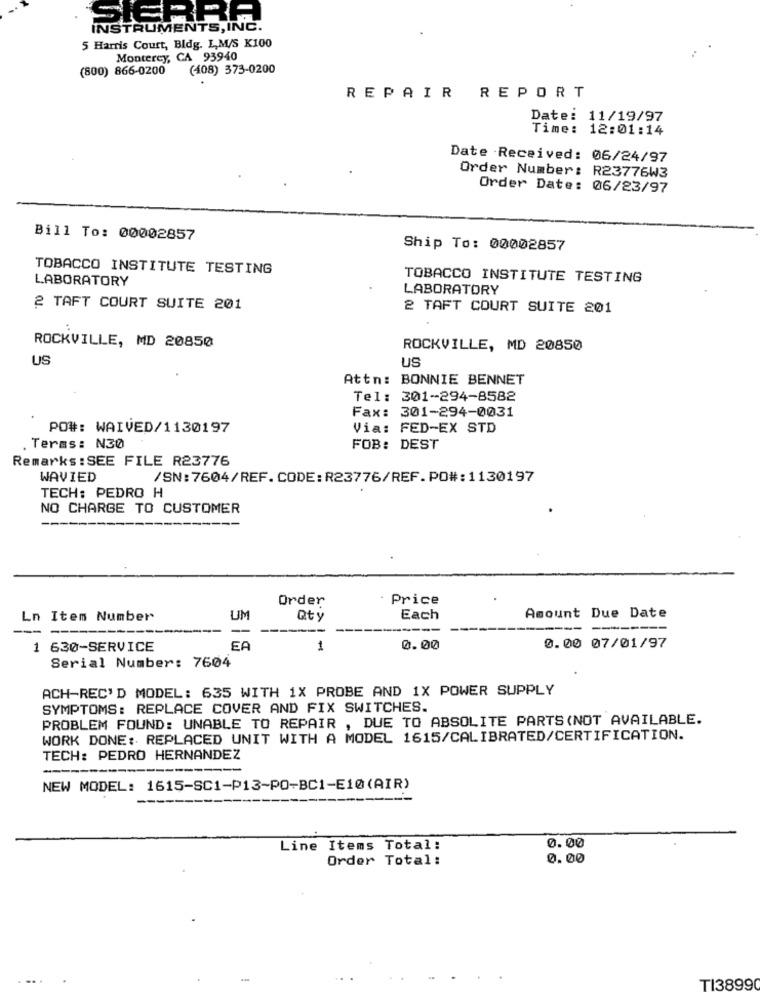
SIERRA
INSTRUMENTS, INC.
5 Harris Court, Bldg. I.M/S K100
Monterey, CA 93940
(800) 866-0200
(408) 373-0200
REPAIR
REPORT
Date: 11/19/97
Time: 12:01:14
Date Received: 06/24/97
Order Number: R23776W3
Order Date: 06/23/97
Bill To: 00002857
Ship To: 00002857
TOBACCO INSTITUTE TESTING
LABORATORY
TOBACCO INSTITUTE TESTING
LABORATORY
2 TAFT COURT SUITE 201
2 TAFT COURT SUITE 201
ROCKVILLE, MD 20850
ROCKVILLE, MD 20850
US
US
Attn: BONNIE BENNET
Tel: 301-294-8582
Fax: 301-294-0031
PO#: WAIVED/1130197
Via: FED-EX STD
. Terms: N30
FOB: DEST
Remarks : SEE FILE R23776
WAVIED
/SN:7604/REF.CODE:R23776/REF.PO#: 1130197
TECH: PEDRO H
NO CHARGE TO CUSTOMER
Order
Price
Ln Item Number
UM
Qty
Each
Amount Due Date
1 630-SERVICE
EA
1
0.00
0.00 07/01/97
Serial Number: 7604
ACH-REC'D MODEL: 635 WITH 1X PROBE AND 1X POWER SUPPLY
SYMPTOMS: REPLACE COVER AND FIX SWITCHES.
PROBLEM FOUND: UNABLE TO REPAIR , DUE TO ABSOLITE PARTS (NOT AVAILABLE.
WORK DONE: REPLACED UNIT WITH A MODEL 1615/CALIBRATED/CERTIFICATION.
TECH: PEDRO HERNANDEZ
NEW MODEL: 1615-SC1-P13-PO-BC1-E10(AIR)
0.00
Line Items Total:
Order Total:
0.00
TI3899